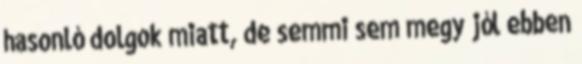
hasonló dolgok miatt, de semmi sem megy jól ebben